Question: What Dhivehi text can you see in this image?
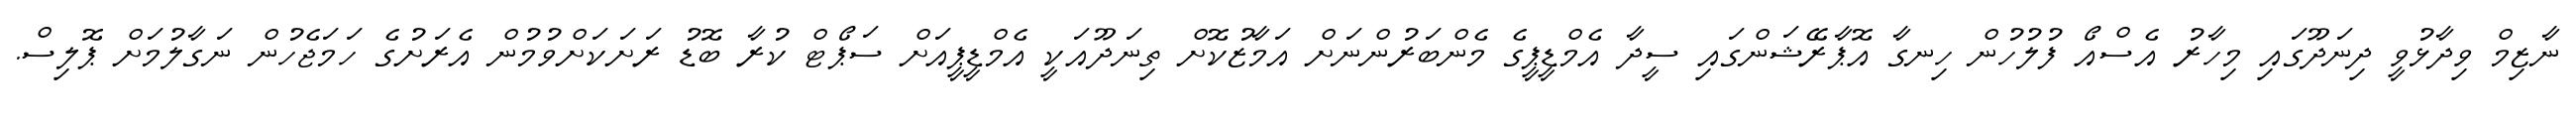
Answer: ނާޒިމް ވިދާޅުވީ ދިނަދޫގައި މިހާރު އެސްއޯ ފުލުހުން ހިނގާ އޮޕާރޭޝަންގައި ސީދާ އެމްޑީޕީގެ މެންބަރުންނަށް އަމާޒުކޮށް ތިނަދޫއަކީ އެމްޑީޕީއަށް ސަޕޯޓް ކުރާ ބޮޑު ރަށަކަށްވުމުން އެރަށުގެ ހަމަޖެހުން ނަގާލުމަށް ޕޮލިސް.